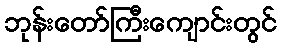
ဘုန်းတော်ကြီးကျောင်းတွင်